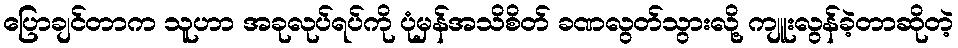
ပြောချင်တာက သူဟာ အခုလုပ်ရပ်ကို ပုံမှန်အသိစိတ် ခဏလွတ်သွားလို့ ကျူးလွန်ခဲ့တာဆိုတဲ့